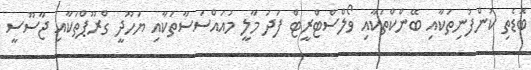
ބޮޑެތި ކުންފުނިތަކާއި ބޭންކްތަކާއި ވޯލްސްޓްރީޓް ފަދަ މާލީ މުއައްސަސާތަކާއި ޔަހޫދީ ގްރޫޕްތަކާއި ޖާސޫސީ